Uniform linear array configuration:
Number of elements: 8
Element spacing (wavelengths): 0.5
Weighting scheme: hamming
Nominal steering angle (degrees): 45
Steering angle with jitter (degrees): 44.443
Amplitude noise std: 0.05
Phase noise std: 0.05

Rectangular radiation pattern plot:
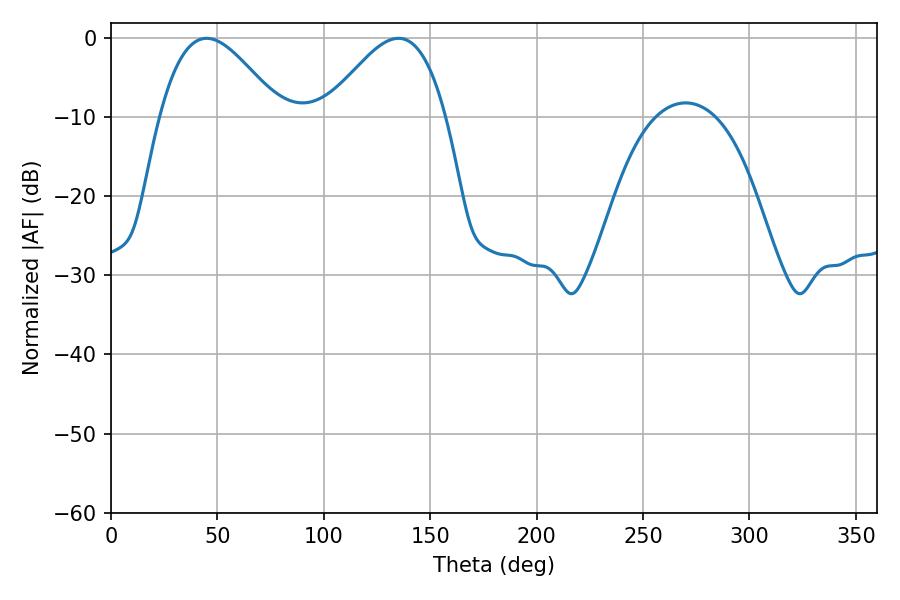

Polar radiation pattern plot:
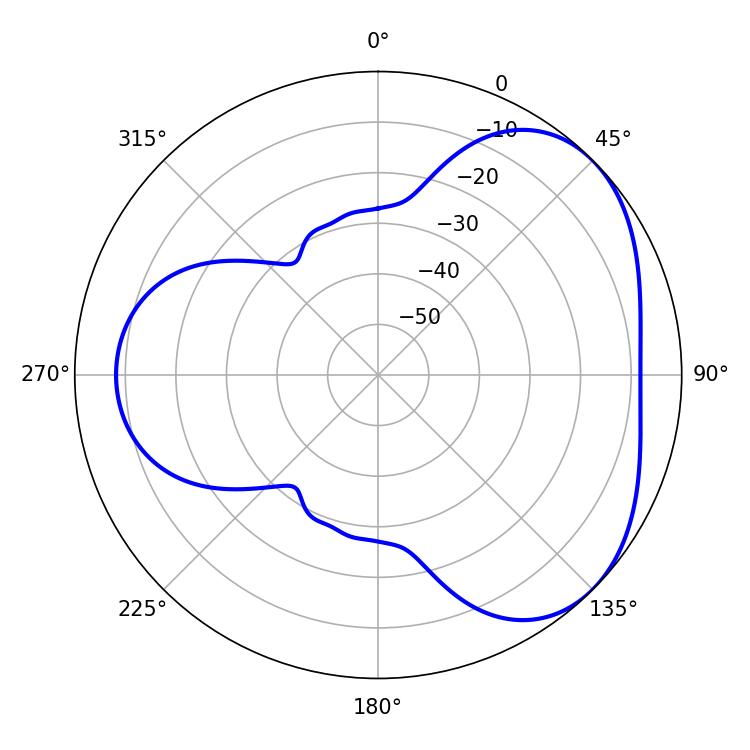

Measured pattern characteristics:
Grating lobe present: FALSE
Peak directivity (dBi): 3.998
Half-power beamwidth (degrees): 30.24
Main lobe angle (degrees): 135